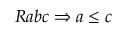
R a b c \Rightarrow a \leq c